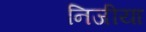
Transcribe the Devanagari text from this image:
निजीया